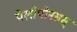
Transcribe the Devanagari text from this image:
पेलोपोनसस्‌